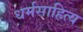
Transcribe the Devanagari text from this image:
धर्मसाहित्य